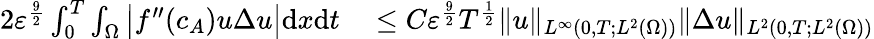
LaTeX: \begin{array}{rl}{{2}\varepsilon^{\frac{9}{2}}\int_{0}^{T}\int_{\Omega}\big|f^{\prime\prime}(c_{A})u\Delta u\big|\mathrm{d}x\mathrm{d}t}&{{}\leq C\varepsilon^{\frac{9}{2}}T^{\frac{1}{2}}\| u\| _{L^{\infty}(0,T;L^{2}(\Omega))}\| \Delta u\| _{L^{2}(0,T;L^{2}(\Omega))}}\end{array}